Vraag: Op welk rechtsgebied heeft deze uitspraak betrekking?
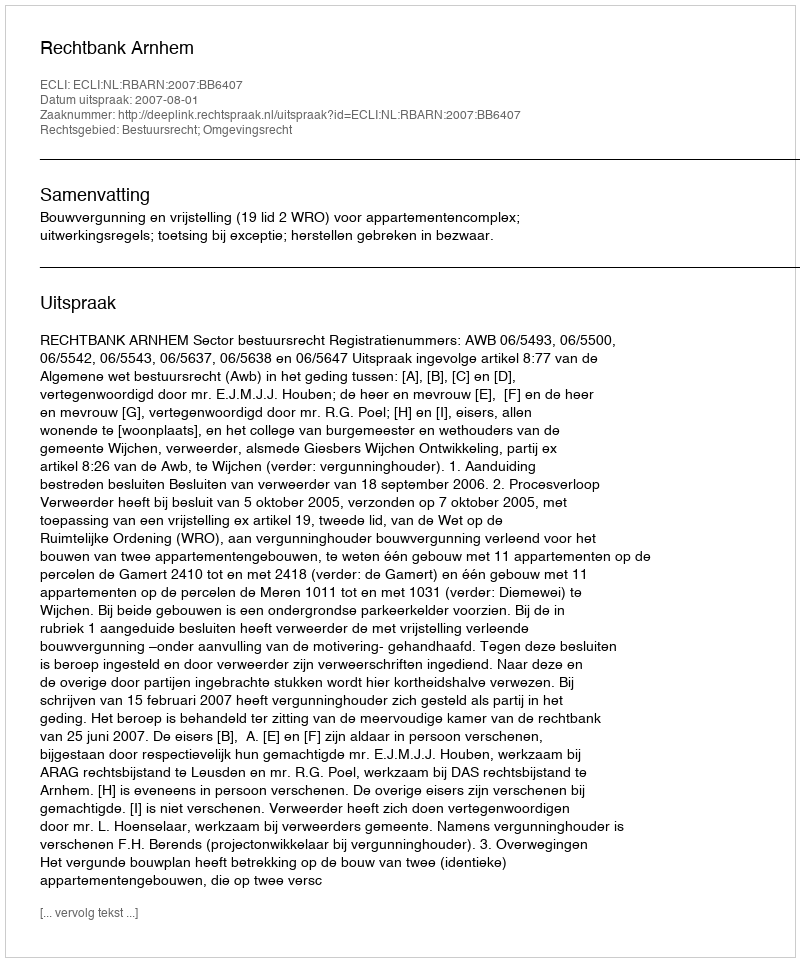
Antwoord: Bestuursrecht; Omgevingsrecht